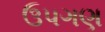
ઉપગણ